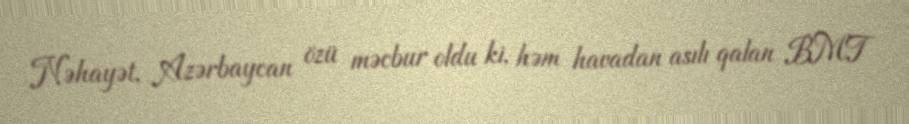
Nəhayət, Azərbaycan özü məcbur oldu ki, həm havadan asılı qalan BMT